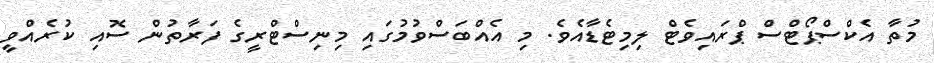
މުތާ އެކްސްޕޯޓްސް ޕްރައިވެޓް ލިމިޓެޑާއެވެ. މި އެއްބަސްވުމުގައި މިނިސްޓްރީގެ ފަރާތުން ސޮއި ކުރެއްވީ